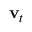
\mathbf { v } _ { t }